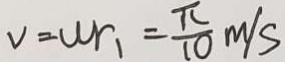
V = w r _ { 1 } = \frac { \pi } { 1 0 } m / s